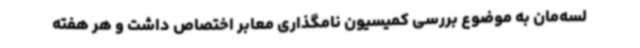
لسه‌مان به موضوع بررسی کمیسیون نامگذاری معابر اختصاص داشت و هر هفته